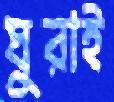
ঘুরাই